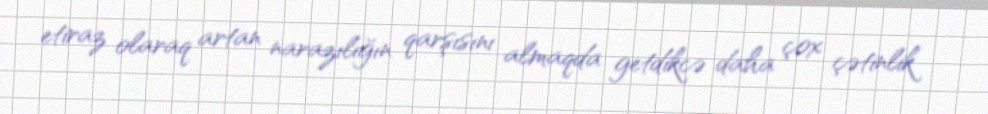
etiraz olaraq artan narazılığın qarşısını almaqda getdikcə daha çox çətinlik